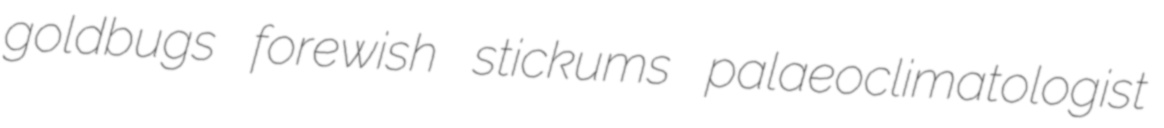
goldbugs forewish stickums palaeoclimatologist